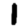
Digit: 1